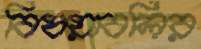
বিষয়াবলির